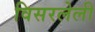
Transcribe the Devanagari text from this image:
विसरलेली